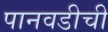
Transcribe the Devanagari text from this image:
पानवडीची